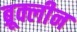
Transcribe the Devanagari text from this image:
ब्रूक्लीन